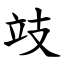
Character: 攱